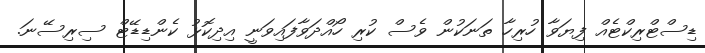
ޑިސްޓްރިކްޓެއް ފިޔަވާ ހުރިހާ ތަނަކުން ވެސް ކުރި ހޯއްދަވާފައިވަނީ އިދިކޮޅު ކެންޑިޑޭޓް ސިރިސޭނަ.